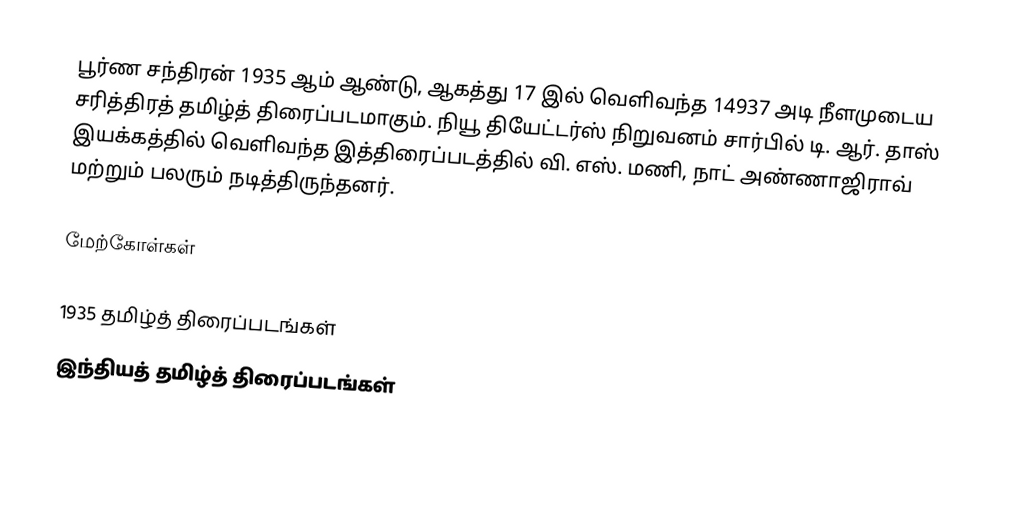
பூர்ண சந்திரன் 1935 ஆம் ஆண்டு, ஆகத்து 17 இல் வெளிவந்த 14937 அடி நீளமுடைய சரித்திரத் தமிழ்த் திரைப்படமாகும். நியூ தியேட்டர்ஸ் நிறுவனம் சார்பில் டி. ஆர். தாஸ் இயக்கத்தில் வெளிவந்த இத்திரைப்படத்தில் வி. எஸ். மணி, நாட் அண்ணாஜிராவ் மற்றும் பலரும் நடித்திருந்தனர்.

மேற்கோள்கள்

1935 தமிழ்த் திரைப்படங்கள்
இந்தியத் தமிழ்த் திரைப்படங்கள்